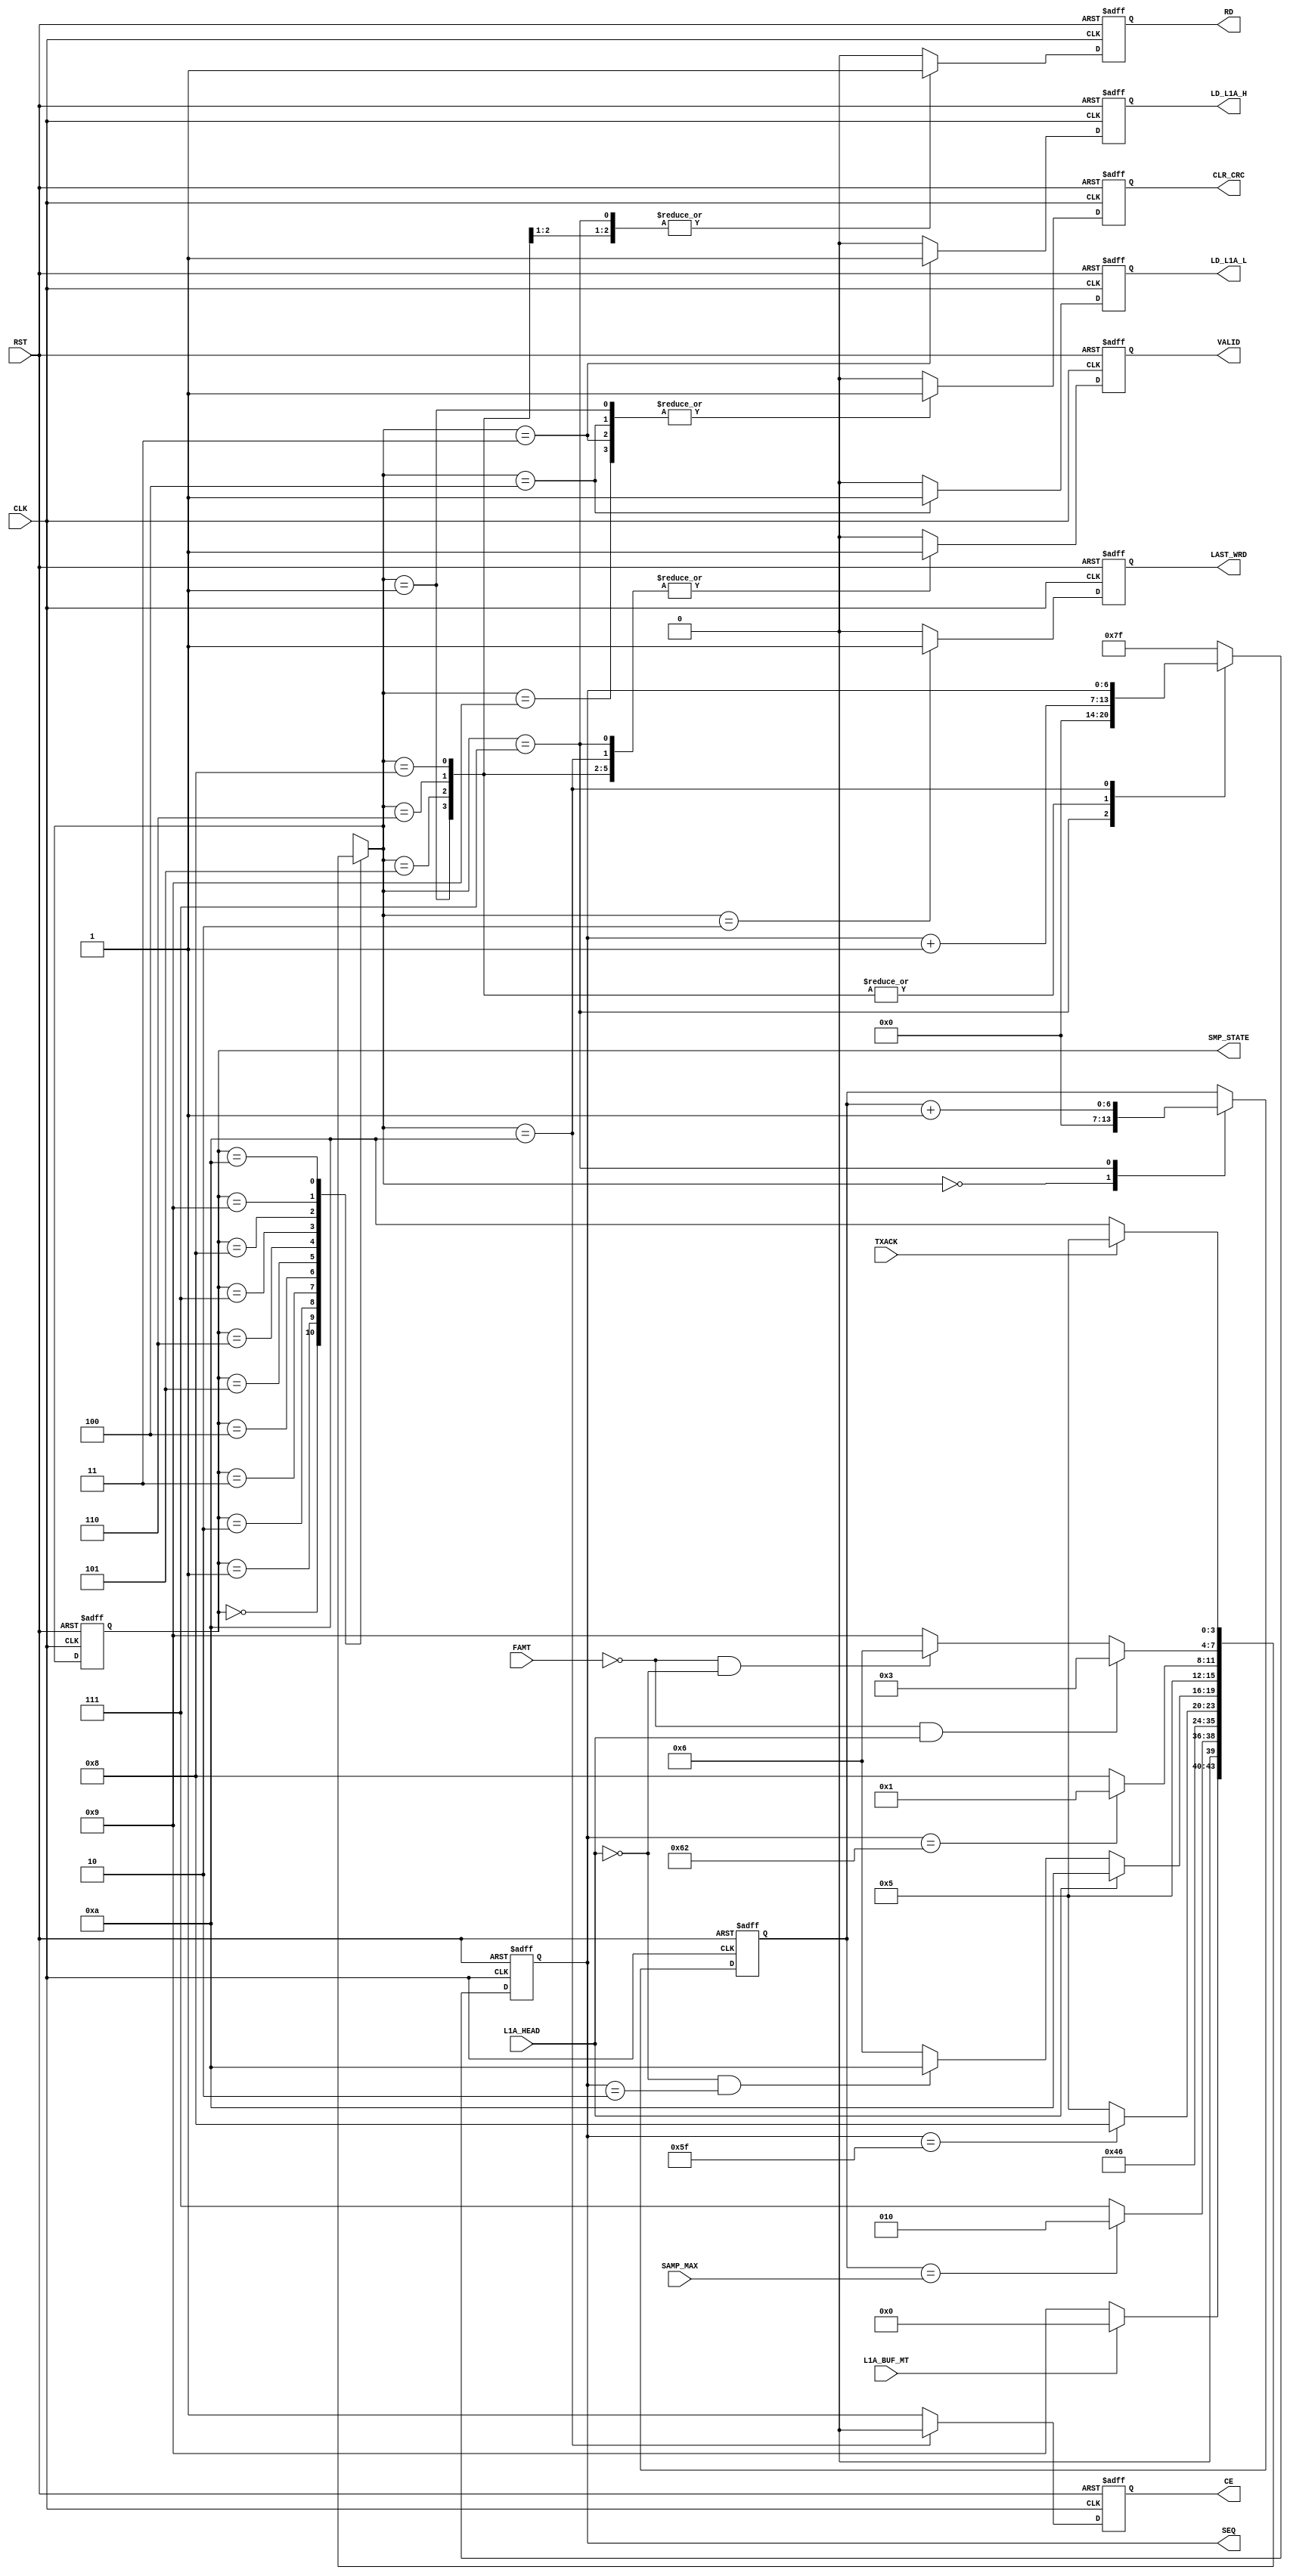

// Created by fizzim_tmr.pl version $Revision: 4.44 on 2014:08:26 at 14:14:03 (www.fizzim.com)

module Sample_Proc_FSM (
  output reg CE,
  output reg CLR_CRC,
  output reg LAST_WRD,
  output reg LD_L1A_H,
  output reg LD_L1A_L,
  output reg RD,
  output reg [6:0] SEQ,
  output reg VALID,
  output wire [3:0] SMP_STATE,
  input CLK,
  input FAMT,
  input L1A_BUF_MT,
  input L1A_HEAD,
  input RST,
  input wire [6:0] SAMP_MAX,
  input TXACK 
);

  // state bits
  parameter 
  Idle        = 4'b0000, 
  Inc_Samp    = 4'b0001, 
  Last_Word   = 4'b0010, 
  Ld_L1A_High = 4'b0011, 
  Ld_L1A_Low  = 4'b0100, 
  Read        = 4'b0101, 
  St_Data     = 4'b0110, 
  Strt_Seq    = 4'b0111, 
  Tail        = 4'b1000, 
  W4Data      = 4'b1001, 
  W4TXACK     = 4'b1010; 

  reg [3:0] state;

  assign SMP_STATE = state;

  reg [3:0] nextstate;

  reg [6:0] seqn;
  reg [6:0] smp;

  // comb always block
  always @* begin
    nextstate = 4'bxxxx; // default to x because default_state_is_x is set
    SEQ = seqn; // default
    case (state)
      Idle       : if      (!L1A_BUF_MT)                  nextstate = W4Data;
                   else                                   nextstate = Idle;
      Inc_Samp   : if      (smp == SAMP_MAX)              nextstate = Last_Word;
                   else                                   nextstate = Strt_Seq;
      Last_Word  :                                        nextstate = Idle;
      Ld_L1A_High:                                        nextstate = Ld_L1A_Low;
      Ld_L1A_Low :                                        nextstate = St_Data;
      Read       : if      (seqn == 7'd95)                nextstate = Tail;
                   else                                   nextstate = Read;
      St_Data    : if      (L1A_HEAD)                     nextstate = W4TXACK;
                   else if (!L1A_HEAD && (seqn == 7'd2))  nextstate = W4TXACK;
                   else                                   nextstate = St_Data;
      Strt_Seq   :                                        nextstate = Read;
      Tail       : if      (seqn == 7'd98)                nextstate = Inc_Samp;
                   else                                   nextstate = Tail;
      W4Data     : if      (!FAMT && L1A_HEAD)            nextstate = Ld_L1A_High;
                   else if (!FAMT && !L1A_HEAD)           nextstate = St_Data;
                   else                                   nextstate = W4Data;
      W4TXACK    : if      (TXACK)                        nextstate = Read;
                   else                                   nextstate = W4TXACK;
    endcase
  end

  // Assign reg'd outputs to state bits

  // sequential always block
  always @(posedge CLK or posedge RST) begin
    if (RST)
      state <= Idle;
    else
      state <= nextstate;
  end

  // datapath sequential always block
  always @(posedge CLK or posedge RST) begin
    if (RST) begin
      CE <= 1;
      CLR_CRC <= 0;
      LAST_WRD <= 0;
      LD_L1A_H <= 0;
      LD_L1A_L <= 0;
      RD <= 0;
      VALID <= 0;
      seqn <= 7'h7F;
      smp <= 7'h00;
    end
    else begin
      CE <= 1; // default
      CLR_CRC <= 0; // default
      LAST_WRD <= 0; // default
      LD_L1A_H <= 0; // default
      LD_L1A_L <= 0; // default
      RD <= 0; // default
      VALID <= 0; // default
      seqn <= 7'h7F; // default
      smp <= smp; // default
      case (nextstate)
        Idle       :        smp <= 7'h00;
        Inc_Samp   : begin
                            CLR_CRC <= 1;
                            VALID <= 1;
                            seqn <= seqn + 1;
        end
        Last_Word  :        LAST_WRD <= 1;
        Ld_L1A_High: begin
                            CLR_CRC <= 1;
                            LD_L1A_H <= 1;
        end
        Ld_L1A_Low : begin
                            CLR_CRC <= 1;
                            LD_L1A_L <= 1;
        end
        Read       : begin
                            RD <= 1;
                            VALID <= 1;
                            seqn <= seqn + 1;
        end
        St_Data    : begin
                            RD <= 1;
                            VALID <= 1;
                            seqn <= seqn + 1;
        end
        Strt_Seq   : begin
                            RD <= 1;
                            VALID <= 1;
                            seqn <= 7'h00;
                            smp <= smp + 1;
        end
        Tail       : begin
                            VALID <= 1;
                            seqn <= seqn + 1;
        end
        W4Data     :        CLR_CRC <= 1;
        W4TXACK    : begin
                            CE <= 0;
                            VALID <= 1;
                            seqn <= seqn;
        end
      endcase
    end
  end

  // This code allows you to see state names in simulation
  `ifndef SYNTHESIS
  reg [87:0] statename;
  always @* begin
    case (state)
      Idle       : statename = "Idle";
      Inc_Samp   : statename = "Inc_Samp";
      Last_Word  : statename = "Last_Word";
      Ld_L1A_High: statename = "Ld_L1A_High";
      Ld_L1A_Low : statename = "Ld_L1A_Low";
      Read       : statename = "Read";
      St_Data    : statename = "St_Data";
      Strt_Seq   : statename = "Strt_Seq";
      Tail       : statename = "Tail";
      W4Data     : statename = "W4Data";
      W4TXACK    : statename = "W4TXACK";
      default    : statename = "XXXXXXXXXXX";
    endcase
  end
  `endif

endmodule